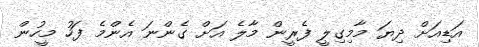
އަޑިއަށް ދިޔަ މާމިގިލީ ފެރީން މާލެ އަށް ގެންނަ އެންމެ ފަހު މީހުން